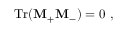
\mathrm { T r } ( { \bf M } _ { + } { \bf M } _ { - } ) = 0 \ ,